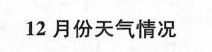
12月份天气情况